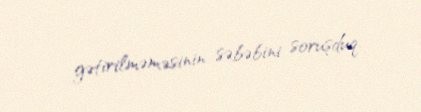
gətirilməməsinin səbəbini soruşduq.